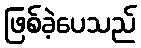
ဖြစ်ခဲ့ပေသည်